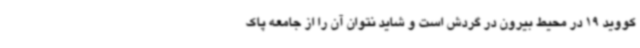
کووید 19 در محیط بیرون در گردش است و شاید نتوان آن را از جامعه پاک